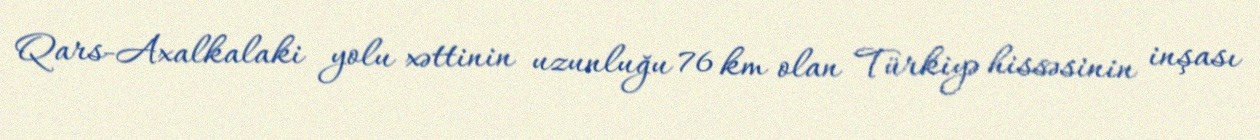
Qars-Axalkalaki yolu xəttinin uzunluğu 76 km olan Türkiyə hissəsinin inşası